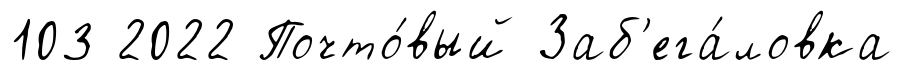
103 2022 Почто́вый Заб'ега́ловка